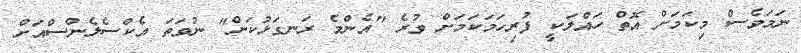
ނަމަވެސް މިކަމަށް އޮތް ހައްލަކީ ފުރިހަމަކަމަށް ވުރެ "އެންމެ ރަނގަޅުކަން" ނުވަތަ އެކްސެލެންސްއަށް